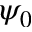
\psi _ { 0 }